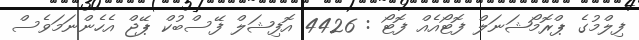
ފިލްމުގެ ޕްރޮމޯޝަނަލް ފޮޓޯއެއް ފޮޓޯ : 4426 އޮފިޝަލް ފޭސްބުކް ޕޭޖް އެހެންނަމަވެސް